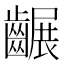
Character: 𪙕